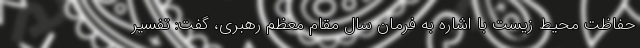
حفاظت محیط زیست با اشاره به فرمان سال مقام معظم رهبری، گفت: تفسیر